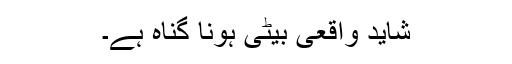
شاید واقعی بیٹی ہونا گناہ ہے۔